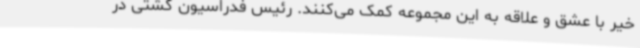
خیر با عشق و علاقه به این مجموعه کمک می‌کنند. رئیس فدراسیون کشتی در